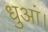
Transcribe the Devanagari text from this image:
धुआं।